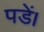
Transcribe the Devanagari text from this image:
पडें।